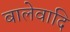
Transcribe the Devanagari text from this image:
बालेवादि